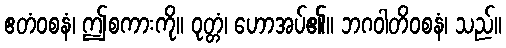
ဧတံဝစနံ၊ ဤစကားကို။ ဝုတ္တံ၊ ဟောအပ်၏။ ဘဂဝါတိဝစနံ၊ သည်။